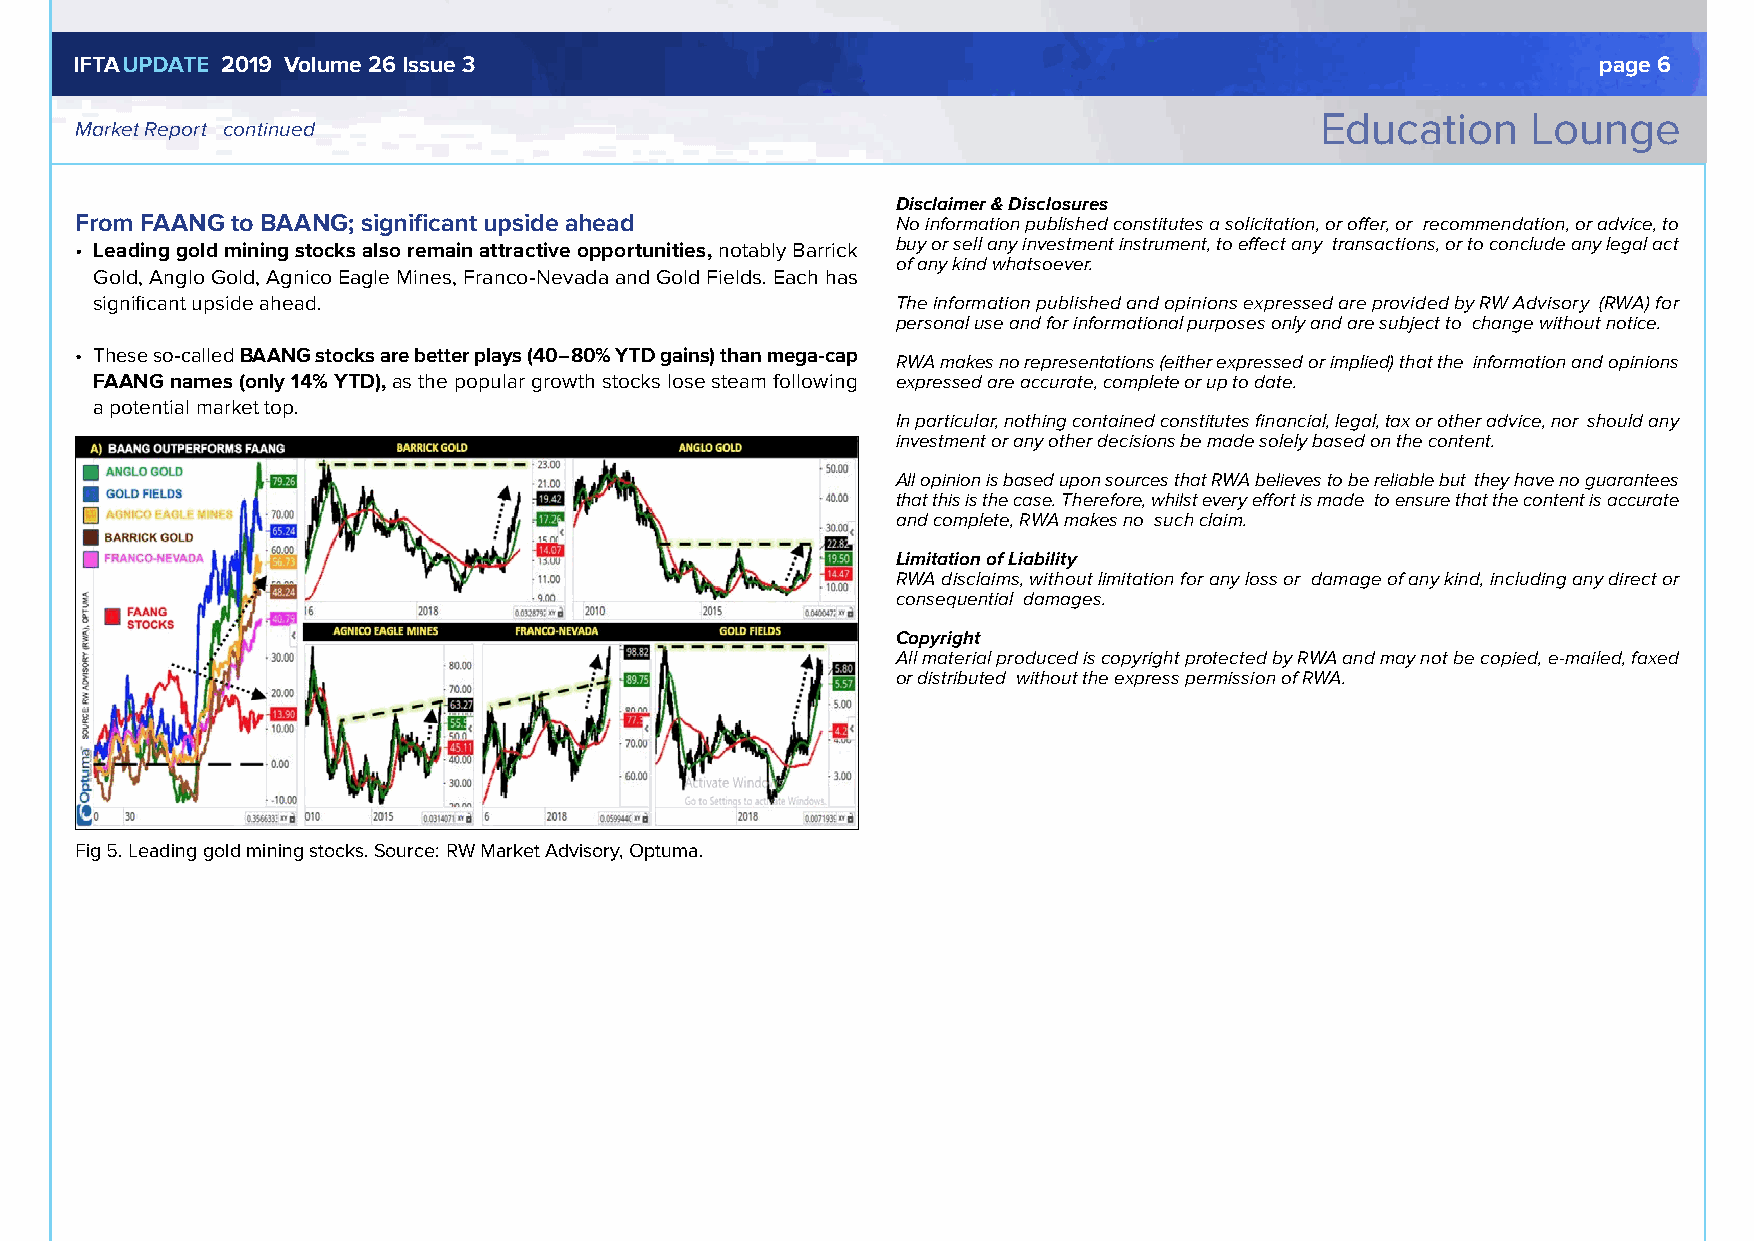
IIFFTTAAUUPPDDAATTEE 22001199 VVoolluummee 2266 IIssssuuee 33                                        ppaaggee 66
 Education     Lounge
 Market Report continued
 Disclaimer & Disclosures
 From FAANG to BAANG; significant upside ahead         No information published constitutes a solicitation, or offer, or recommendation, or advice, to
 • L eading gold mining stocks also remain attractive opportunities, notably Barrick buy or sell any investment instrument, to effect any transactions, or to conclude any legal act
 of any kind whatsoever.
 Gold, Anglo Gold, Agnico Eagle Mines, Franco-Nevada and Gold Fields. Each has
 significant upside ahead.                            The information published and opinions expressed are provided by RW Advisory (RWA) for
 personal use and for informational purposes only and are subject to change without notice.
 • These so-called BAANG stocks are better plays (40–80% YTD gains) than mega-cap RWA makes no representations (either expressed or implied) that the information and opinions
 FAANG names (only 14% YTD), as the popular growth stocks lose steam following expressed are accurate, complete or up to date.
 a potential market top.
 In particular, nothing contained constitutes financial, legal, tax or other advice, nor should any
 investment or any other decisions be made solely based on the content.
 All opinion is based upon sources that RWA believes to be reliable but they have no guarantees
 that this is the case. Therefore, whilst every effort is made to ensure that the content is accurate
 and complete, RWA makes no such claim.
 Limitation of Liability
 RWA disclaims, without limitation for any loss or damage of any kind, including any direct or
 consequential damages.
 Copyright
 All material produced is copyright protected by RWA and may not be copied, e-mailed, faxed
 or distributed without the express permission of RWA.
 Fig 5. Leading gold mining stocks. Source: RW Market Advisory, Optuma.